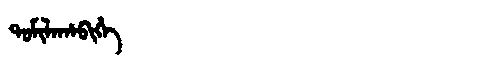
Manchu: ᡨᠣᠮᡳᠯᠠᡥᠠᠪᡳᡥᡝ
Romanization: TOMILAHABIHE